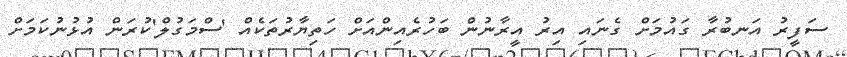
ސަފީރު އަނބުރާ ގައުމަށް ގެނައި އިރު އީރާނުން ބަހުރެއިންއަށް ހަތިޔާރުތަކެއް 'ސްމަގުލް'ކުރަން އުޅުނުކަމަށް